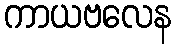
ကာယဗလေန